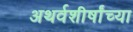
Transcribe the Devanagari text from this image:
अथर्वशीर्षांच्या